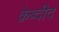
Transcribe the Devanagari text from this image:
क़ेब्दीद